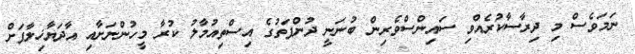
ނަމަވެސް މި ދިރާސާކުރެއްވި ސައިންސްވެރިން ބުނަނީ ދުންފަތުގެ އިސްތިއުމާލު ކުރާ މީހުންނަށާއި އާދަޔާޚިލާފަށް